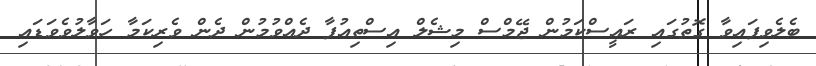
ބެލެވިފައިވާ ގޮތުގައި ރައީސްކަމުން ޖޭމްސް މިޝެލް އިސްތިއުފާ ދެއްވުމުން ދެން ވެރިކަމާ ހަވާލުވެވަޑައި